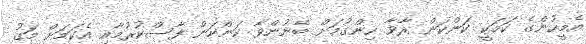
އެމީހުންގެ ކަމަކީ ކަންކަން ރާވާ ހިންގުމަށް ބޭނުންވާ ކަންކަން ފާސްކުރުމާއި އެކަމަށް މަގު